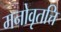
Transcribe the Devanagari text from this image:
मनोवृतत्ति